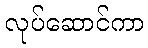
လုပ်ဆောင်ကာ